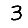
Digit: 3